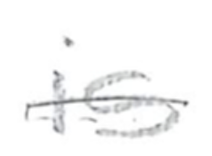
Text: is
Cross-out: single-line
Writing tool: pencil